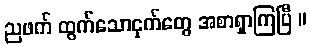
ညဖက် ထွက်သောငှက်တွေ အစာရှာကြပြီ ။